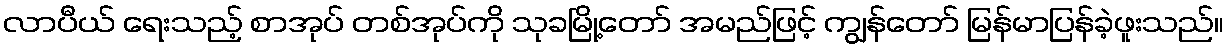
လာပီယ် ရေးသည့် စာအုပ် တစ်အုပ်ကို သုခမြို့တော် အမည်ဖြင့် ကျွန်တော် မြန်မာပြန်ခဲ့ဖူးသည်။